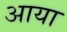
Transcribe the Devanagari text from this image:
अाया